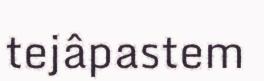
tejâpastem